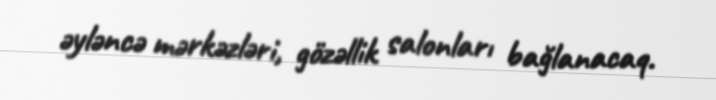
əyləncə mərkəzləri, gözəllik salonları bağlanacaq.